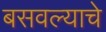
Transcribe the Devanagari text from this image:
बसवल्याचे